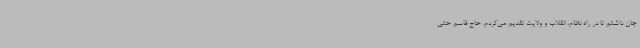
جان داشتم تا در راه نظام، انقلاب و ولایت تقدیم می‌کردم. حاج قاسم حتی